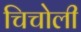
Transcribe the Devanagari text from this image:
चिचोली